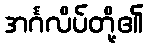
အင်္ဂလိပ်တို့၏